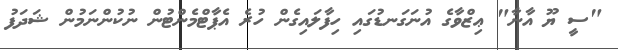
"ސީ ޔޫ އާނާ" ޢިޒްވާގެ އުނަގަނޑުގައި ހިފާލައިގެން ހުރެ އެޕާޓްމެންޓުން ނުކުންނަމުން ޝަދަފު